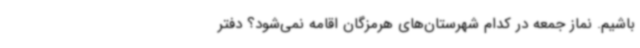
باشیم. نماز جمعه در کدام شهرستان‌های هرمزگان اقامه نمی‌شود؟ دفتر